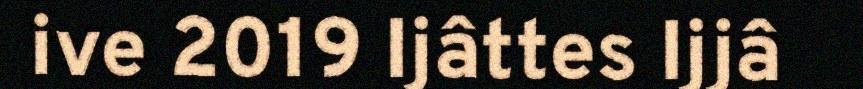
ive 2019 Ijâttes Ijjâ